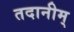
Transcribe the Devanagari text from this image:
तदानीम्